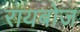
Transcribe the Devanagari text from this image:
रायबोज